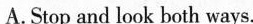
A. Stop and look both ways.